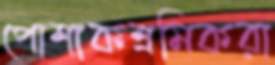
পোশাকশ্রমিকরা